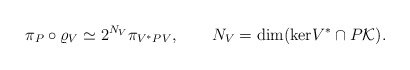
\begin{align*}\pi_P\circ\varrho_V\simeq 2^{N_V}\pi_{V^*PV},\qquad N_V={\rm dim}({\rm ker}V^*\cap P{\cal K}).\end{align*}